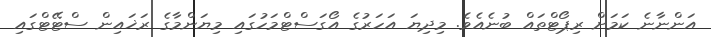
އަންނާނެ ކަމަށް ރިޕޯޓްތައް ބުނެއެވެ. މިދިޔަ އަހަރުގެ އޯގަސްޓްމަހުގައި މިޔަންމާގެ ރަޚައިން ސްޓޭޓްގައި